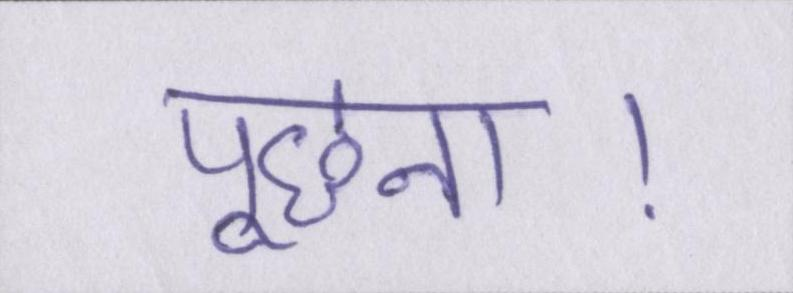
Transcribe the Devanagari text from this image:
पूछना।